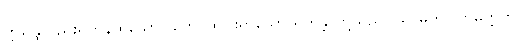
ဣန္ဒြေလည်းရှိကုန်ထသော။ တေ၊ ထိုငါးရာသော ရဟန္တာတို့သည်။ သာဓုတိ သာဓုဣတိ၊